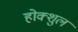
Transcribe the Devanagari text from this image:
होक्शुल